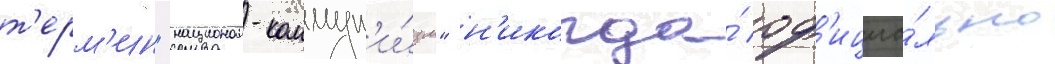
т'ерм'ин "национал-коммун'и́зм" н'икогда́ оф'ициа́льно